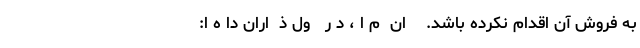
به فروش آن اقدام نکرده باشد.    ان  م ا ، د ر   ول ذ  اران دا ه ا: